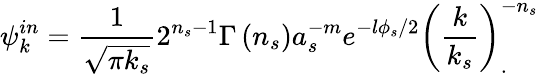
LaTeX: \psi_{k}^{in}=\frac{1}{\sqrt{\pi k_{s}}}2^{n_{s}-1}\Gamma\left(n_{s}\right)a_{s}^{-m}e^{-l\phi_{s}/2}\left(\frac k{k_{s}}\right)_{.}^{-n_{s}}